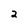
Character: 2